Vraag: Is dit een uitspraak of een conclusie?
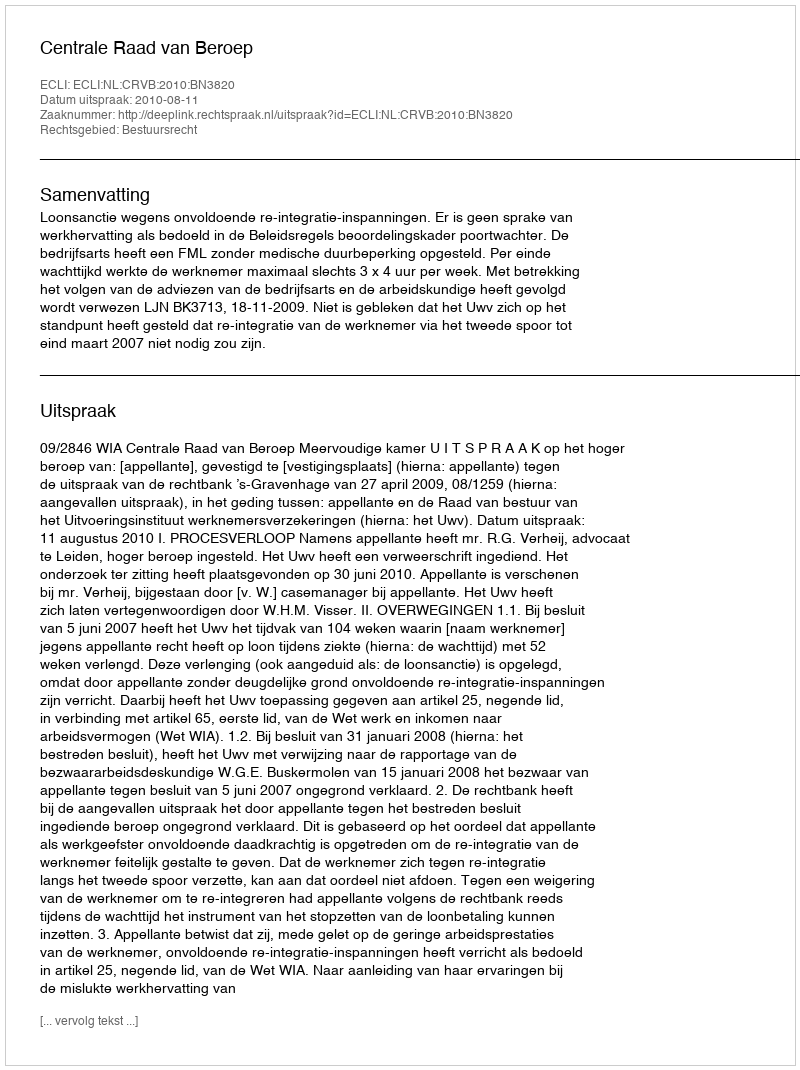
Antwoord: Uitspraak